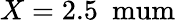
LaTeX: X=2.5~\mathrm{\ mum}